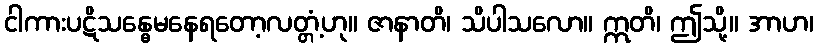
ငါကားပဋိသန္ဓေမနေရတော့လတ္တံ့ဟု။ ဇာနာတိ၊ သိပါသလော။ ဣတိ၊ ဤသို့။ အာဟ၊